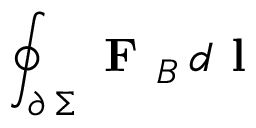
\oint _ { \scriptstyle \partial \, \Sigma } \textbf { F } _ { B } \, d \textbf { l }